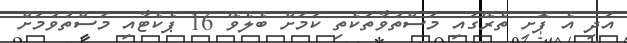
އަދި އެ ފޮށި ތެރޭގައި މަސްތުވާތަކެތި ކަމަށް ބެލެވޭ 16 ޕެކެޓާއި މަސްތުވުމަށް